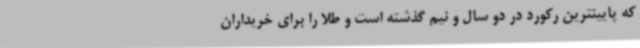
که پایینترین رکورد در دو سال و نیم گذشته است و طلا را برای خریداران